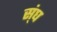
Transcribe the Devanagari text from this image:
स्ंघ